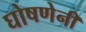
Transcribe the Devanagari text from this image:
घोषणेनी